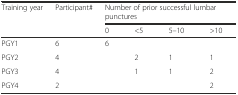
| Training year | Participant# | <COLSPAN=4> Number of prior successful lumbar punctures |
 | <COLSPAN=2>  | 0 | <5 | 5–10 | >10 |
 | --- | --- | --- | --- | --- | --- |
 | PGY1 | 6 | 6 |  |  |  |
 | PGY2 | 4 |  | 2 | 1 | 1 |
 | PGY3 | 4 |  | 1 | 1 | 2 |
 | PGY4 | 2 |  |  |  | 2 |